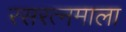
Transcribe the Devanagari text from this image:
रसरत्नमाला